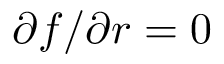
\partial f / \partial r = 0